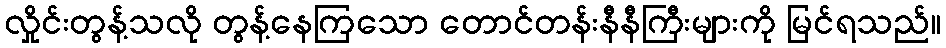
လှိုင်းတွန့်သလို တွန့်နေကြသော တောင်တန်းနီနီကြီးများကို မြင်ရသည်။